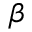
\beta